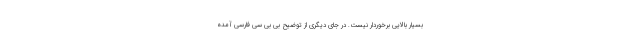
بسیار بالایی برخوردار نیست. در جای دیگری از توضیح بی بی سی فارسی آمده